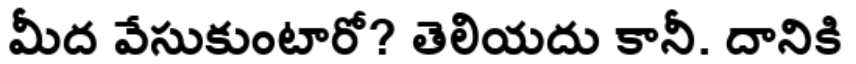
మీద వేసుకుంటారో? తెలియదు కానీ. దానికి